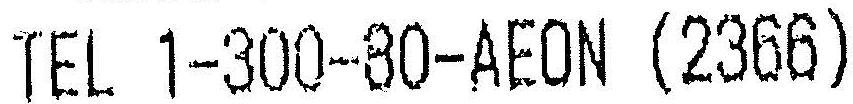
TEL 1-300-80-AEON (2366)